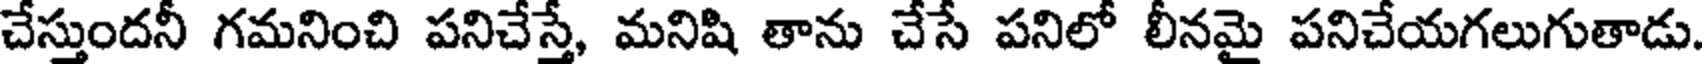
చేస్తుందనీ గమనించి పనిచేస్తే, మనిషి తాను చేసే పనిలో లీనమై పనిచేయగలుగుతాడు